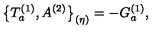
\bigl \{ T _ { a } ^ { ( 1 ) } , A ^ { ( 2 ) } \bigr \} _ { ( \eta ) } = - G _ { a } ^ { ( 1 ) } ,